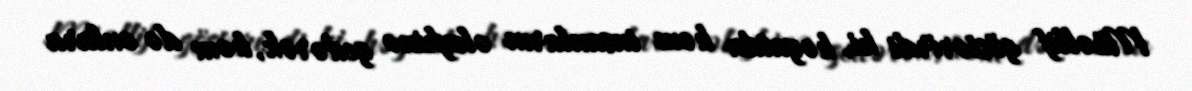
Müəllif göstərirdi ki, həyatda həm insanların əleyhinə gedərək, həm də onlara